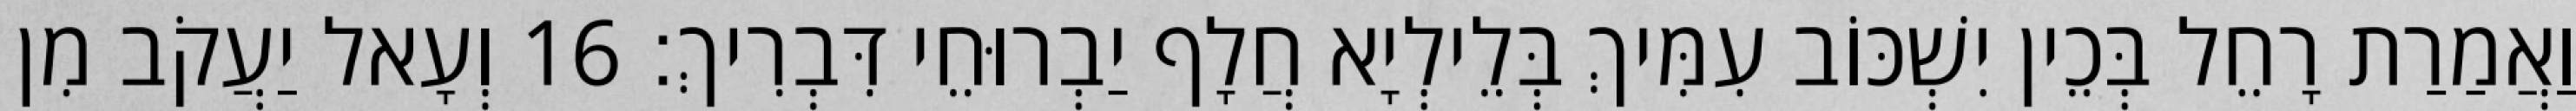
וַאֲמַרַת רָחֵל בְּכֵין יִשְׁכּוֹב עִמִּיךְ בְּלֵילְיָא חֲלָף יַבְרוּחֵי דִּבְרִיךְ׃ 16 וְעָאל יַעֲקֹב מִן